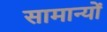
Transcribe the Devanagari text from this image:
सामान्यों